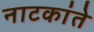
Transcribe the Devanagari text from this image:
नाटकांते